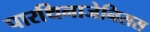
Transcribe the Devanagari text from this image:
पारथिनाजेनिसस